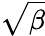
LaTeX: \sqrt{\beta}